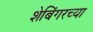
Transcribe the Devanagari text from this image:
शेबिंगरच्या